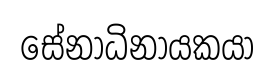
සේනාධිනායකයා